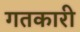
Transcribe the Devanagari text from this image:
गतकारी